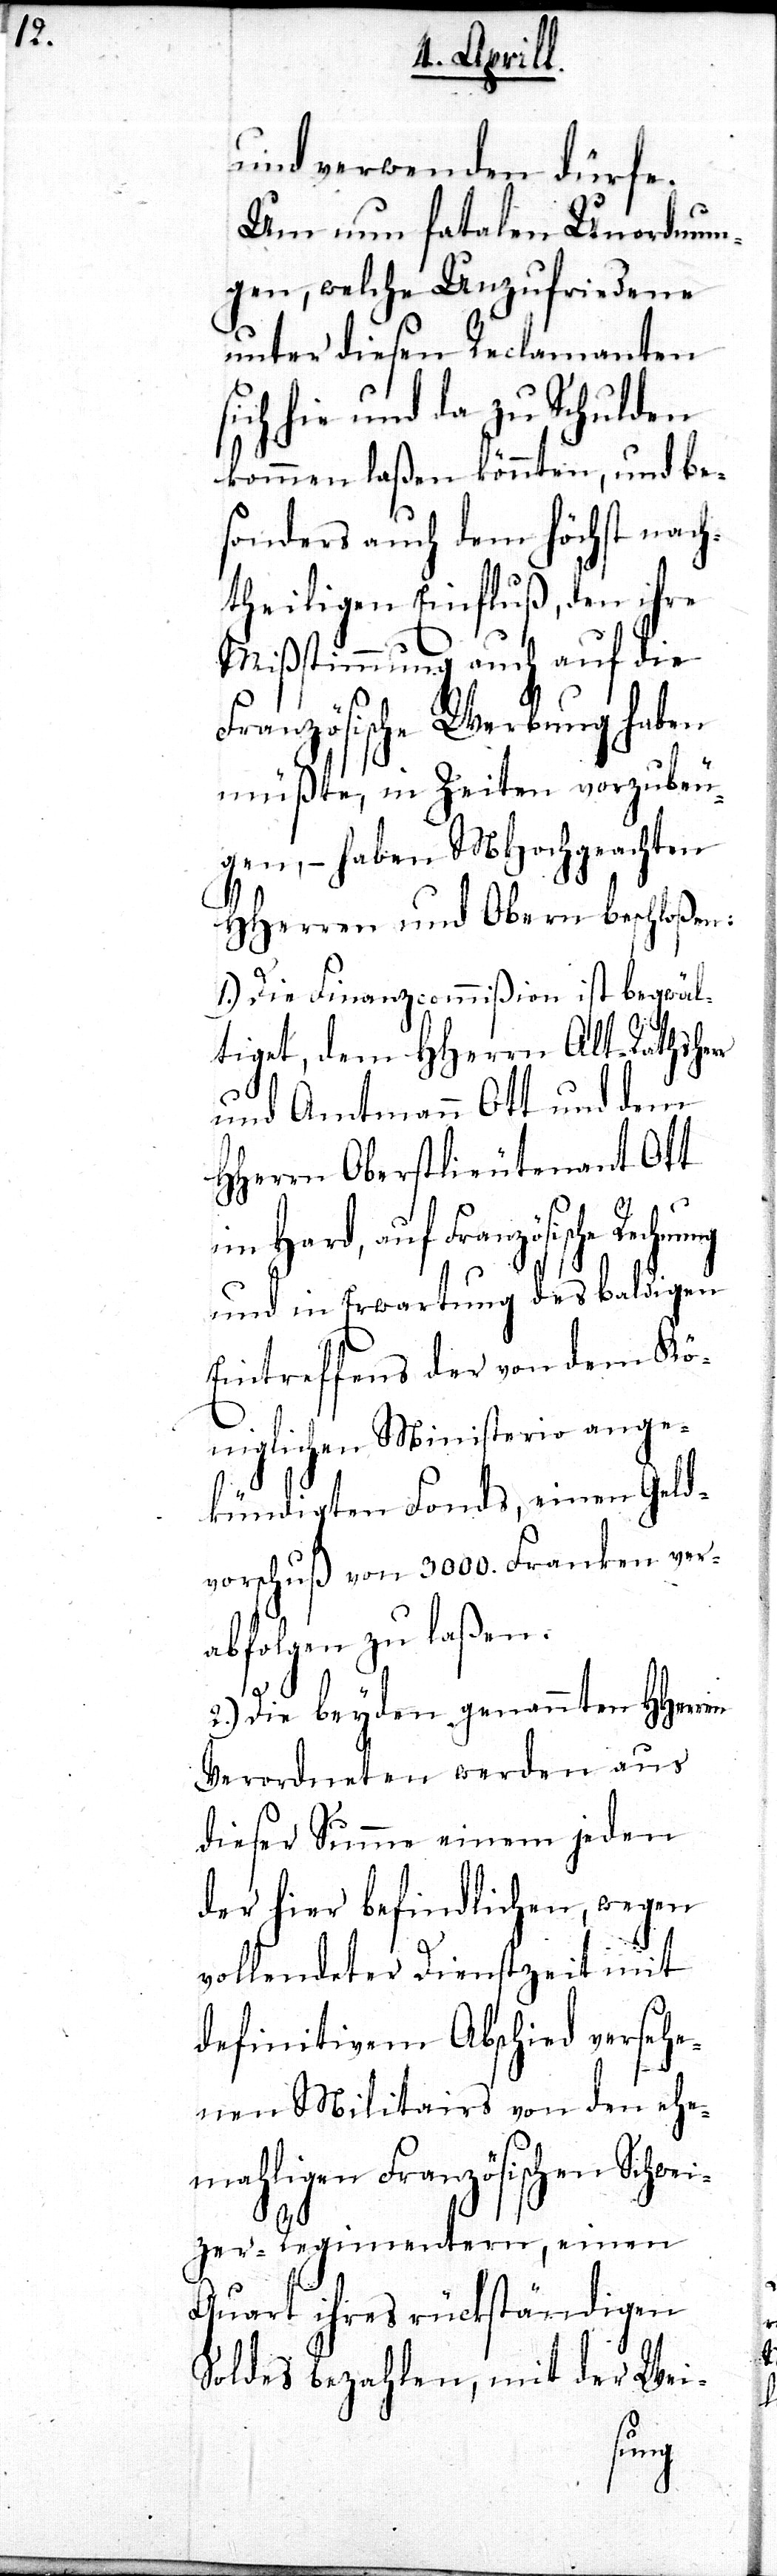
wei¬

und verwenden dürfe.
Um nun fatalen Unordnun¬
gen, welche Unzufriedene
unter diesen Reclamanten
sich hie und da zu Schulden
kommen laßen könnten, und be¬
sonders auch dem höchst nach¬
theiligen Einfluß, den ihre
Mißstimmung auch auf die
Französische Werbung haben
müßte, in Zeiten vorzubeu¬
gen, – haben MHochgeachten
HHerren und Obern beschloßen:
1.) Die Finanzcommißion ist begwäl¬
tiget, dem HHerrn Alt-Rathsher¬
und Amtmann Ott und dem
HHerrn Oberstlieutenant Ott
im Hard, auf Französische Rechn¬
und in Erwartung des baldigen
Eintreffens der von dem Kö¬
niglichen Ministerio ange¬
kündigten Fonds, einen Geld¬
vorschuß von 3000. Franken ver¬
abfolgen zu laßen.
2.) Die beyden genannten HHerren
Verordneten werden aus
dieser Summe einem jeden
der hier befindlichen, wegen
vollendeter Dienstzeit mit
definitivem Abschied versehe¬
nen Militairs von den ehe¬
mahligen Französischen Sch¬
zer-Regimentern, einen
Quart ihres rückständigen
Soldes bezahlen, mit der Wei-
ung